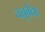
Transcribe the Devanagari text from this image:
चतुर्वेदाः